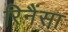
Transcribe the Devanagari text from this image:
रिनैंसा